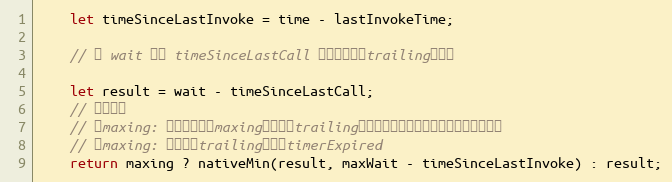
Language: JavaScript
    let timeSinceLastInvoke = time - lastInvokeTime;

    // 用 wait 减去 timeSinceLastCall 计算出下一次trailing的位置

    let result = wait - timeSinceLastCall;
    // 两种情况
    // 有maxing: 比较出下一次maxing和下一次trailing的最小值，作为下一次函数要执行的时间
    // 无maxing: 在下一次trailing时执行timerExpired
    return maxing ? nativeMin(result, maxWait - timeSinceLastInvoke) : result;